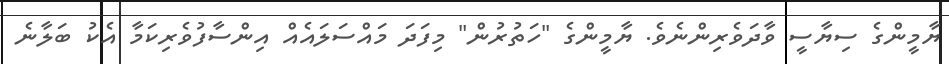
ޔާމީންގެ ސިޔާސީ ވާދަވެރިންނެވެ. ޔާމީންގެ "ހަތުރުން" މިފަދަ މައްސަލައެއް އިންސާފުވެރިކަމާ އެކު ބަލާނެ